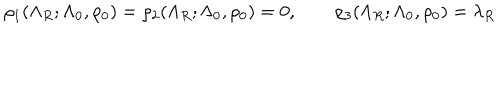
\rho _ { 1 } ( \Lambda _ { R } ; \Lambda _ { 0 } , \rho _ { 0 } ) = \rho _ { 2 } ( \Lambda _ { R } ; \Lambda _ { 0 } , \rho _ { 0 } ) = 0 , \qquad \rho _ { 3 } ( \Lambda _ { R } ; \Lambda _ { 0 } , \rho _ { 0 } ) = \lambda _ { R }